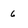
Character: 6